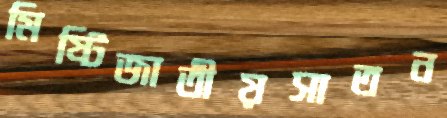
মিষ্টিজাতীয়সাতন